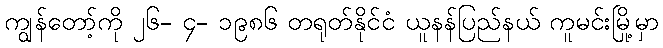
ကျွန်တော့်ကို ၂၆- ၄- ၁၉၈၆ တရုတ်နိုင်ငံ ယူနန်ပြည်နယ် ကူမင်းမြို့မှာ